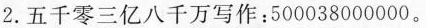
2.五千零三亿八千万写作：500038000000。